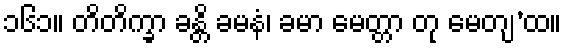
၁၆၁။ တိတိက္ခာ ခန္တိ ခမနံ၊ ခမာ မေတ္တာ တု မေတျ’ထ။